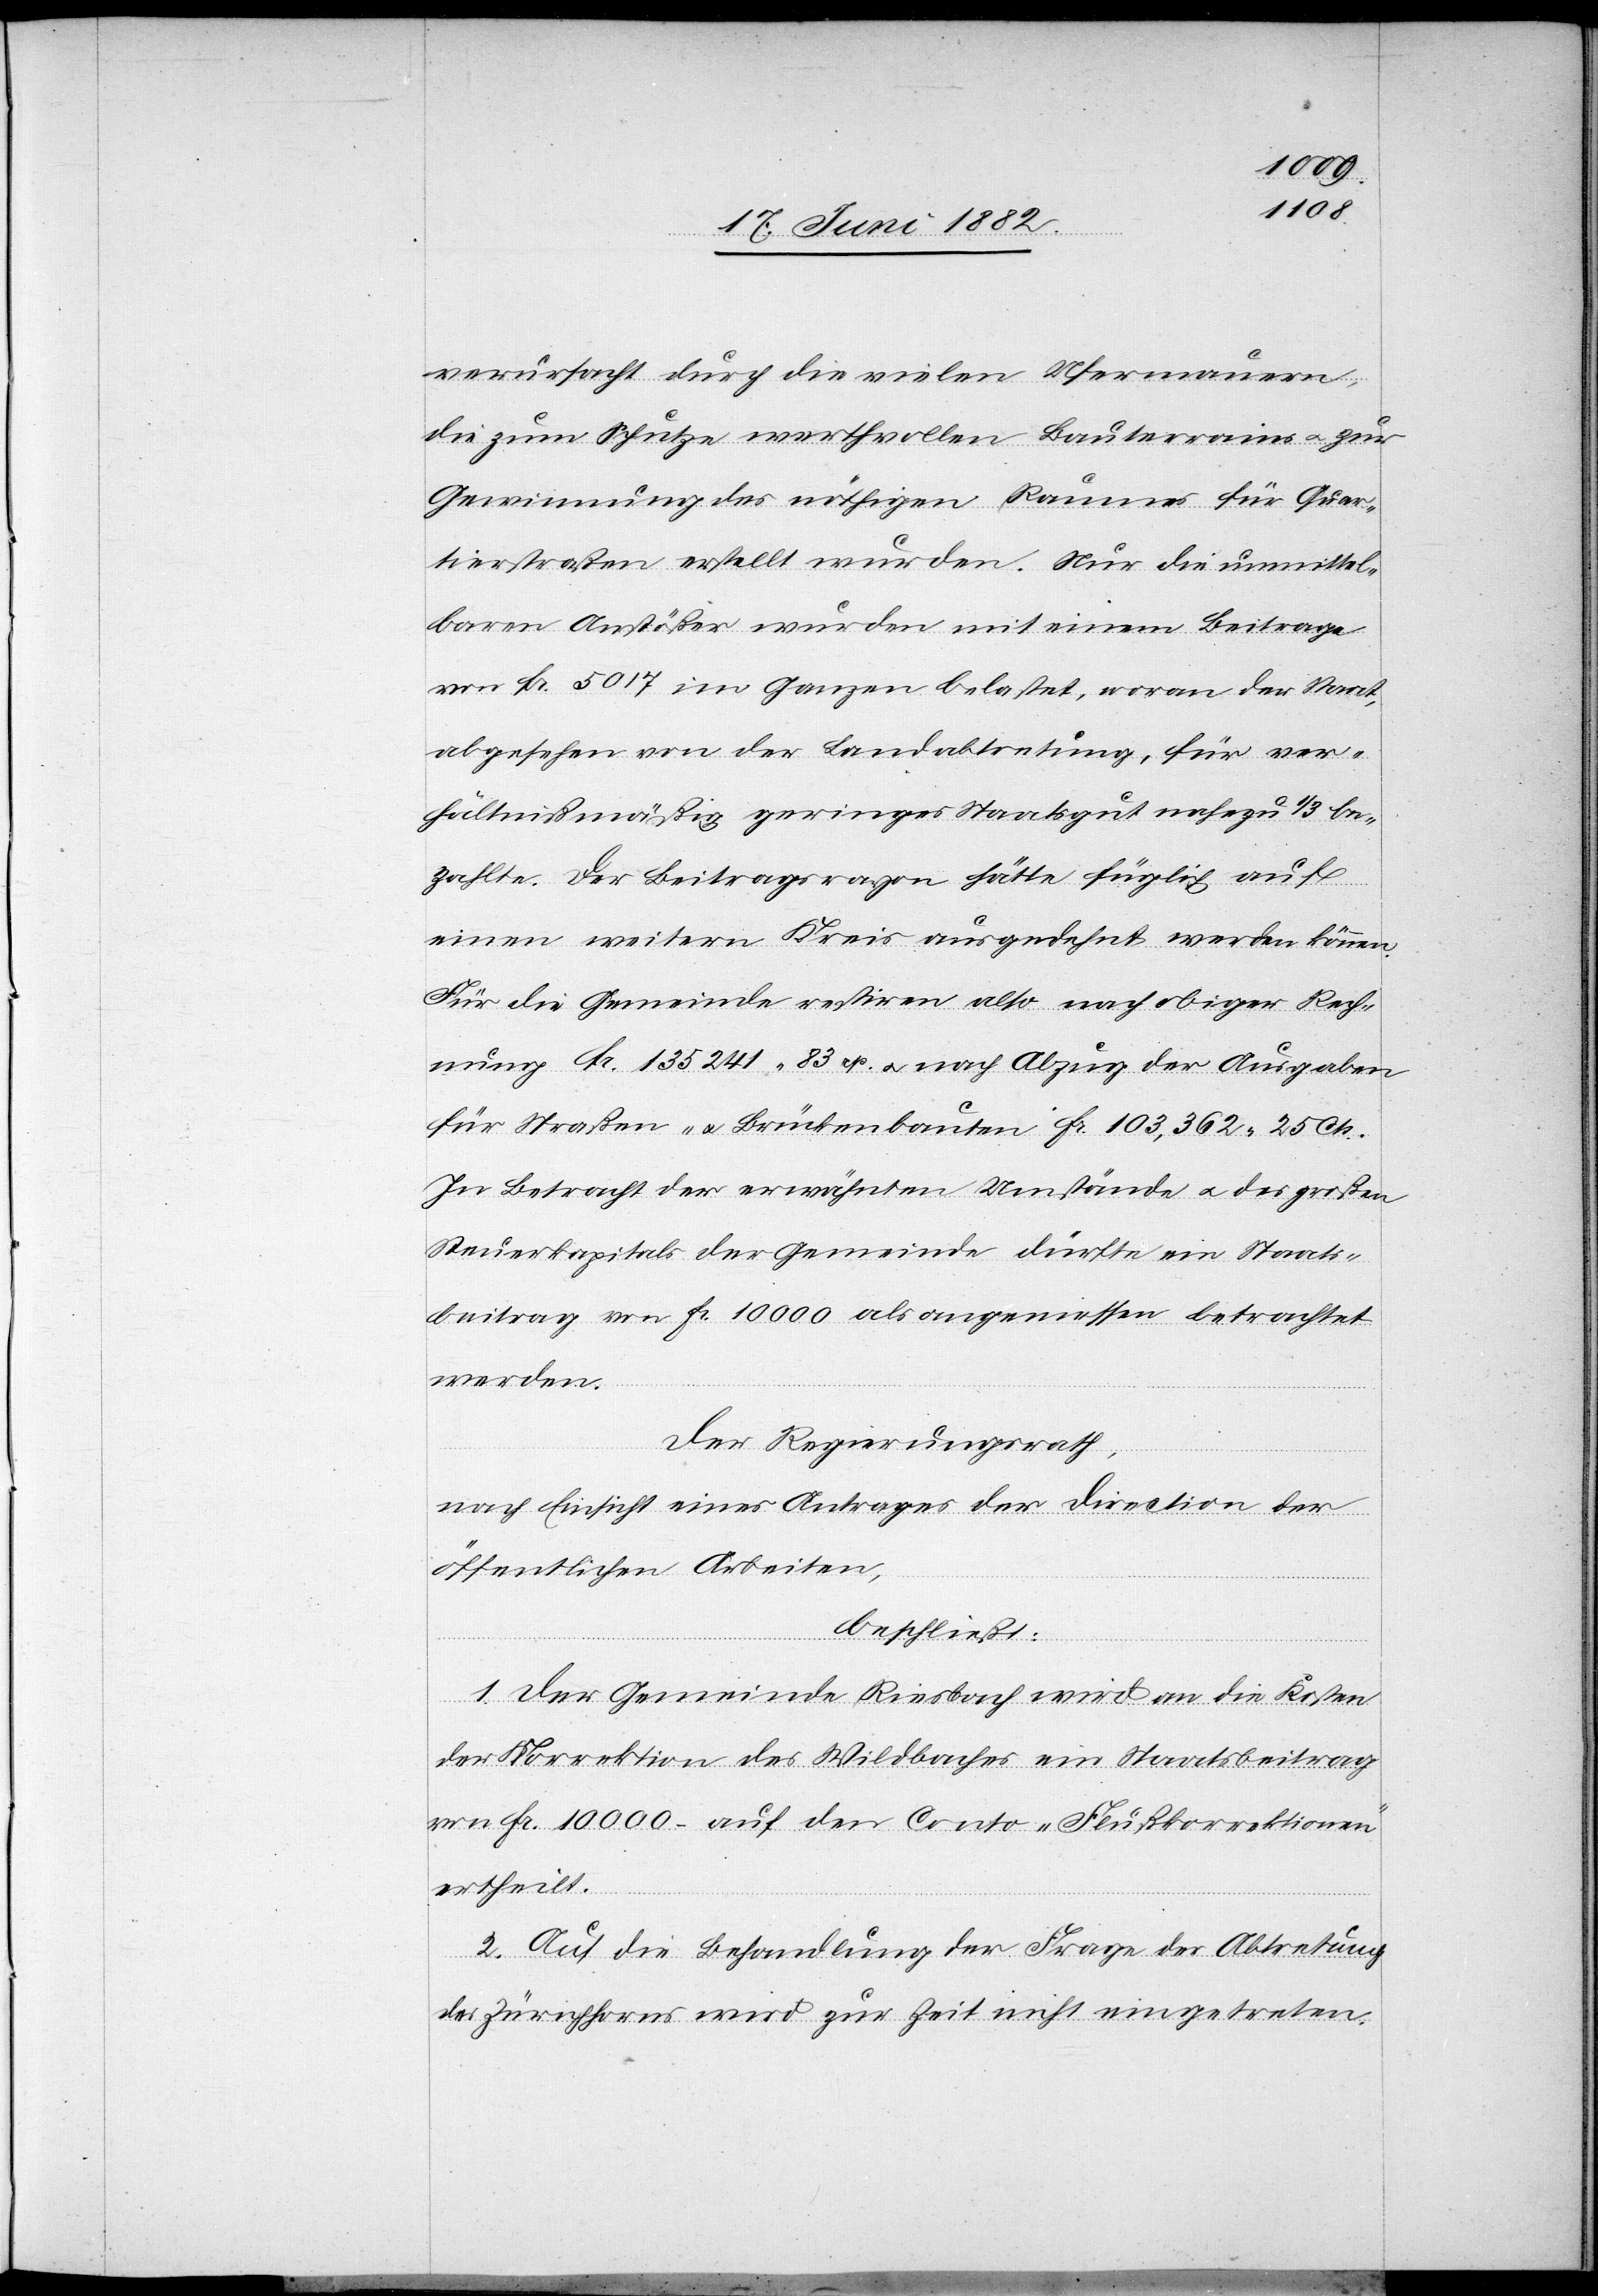
verursacht durch die vielen Ufermauern,
die zum Schutze werthvollen Bauterrains u. zur
Gewinnung des nöthigen Raumes für Quar¬
tierstraßen erstellt wurden. Nur die unmittel¬
baren Anstößer wurden mit einem Beitrage
von Fr. 5017 im Ganzen belastet, woran der Staat,
abgesehen von der Landabtretung, für ver¬
hältnißmäßig geringes Staatsgut nahezu 1/3 be¬
zahlte. Der Beitragsrayon hätte füglich auf
einen weitern Kreis ausgedehnt werden können.
Für die Gemeinde restiren also nach obiger Rech¬
nung Fr. 135 241 83 cts. u. nach Abzug der Ausgaben
für Straßen- & Brückenbauten Fr. 103,362 25 Cts.
In Betracht der erwähnten Umstände u. des großen
Steuerkapitals der Gemeinde dürfte ein Staats¬
beitrag von Fr. 10 000 als angemessen betrachtet
werden.
Der Regierungsrath,
nach Einsicht eines Antrages der Direction der
öffentlichen Arbeiten,
beschließt:
1. Der Gemeinde Riesbach wird an die Kosten
der Korrektion des Wildbaches ein Staatsbeitrag
von Fr. 10 000.– auf den Conto „Flußkorrektionen“
ertheilt.
2. Auf die Behandlung der Frage der Abtretung
des Zürichhorns wird zur Zeit nicht eingetreten.